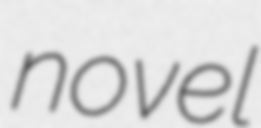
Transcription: novel